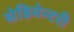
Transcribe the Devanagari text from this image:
सेडिमेन्टरी